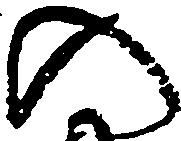
の